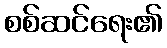
စစ်ဆင်ရေး၏